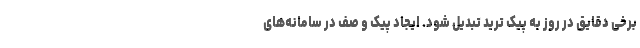
برخی دقایق در روز به پیک ترید تبدیل شود. ایجاد پیک و صف در سامانه‌های